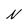
Character: N